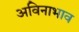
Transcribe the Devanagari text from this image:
अविनाभाव